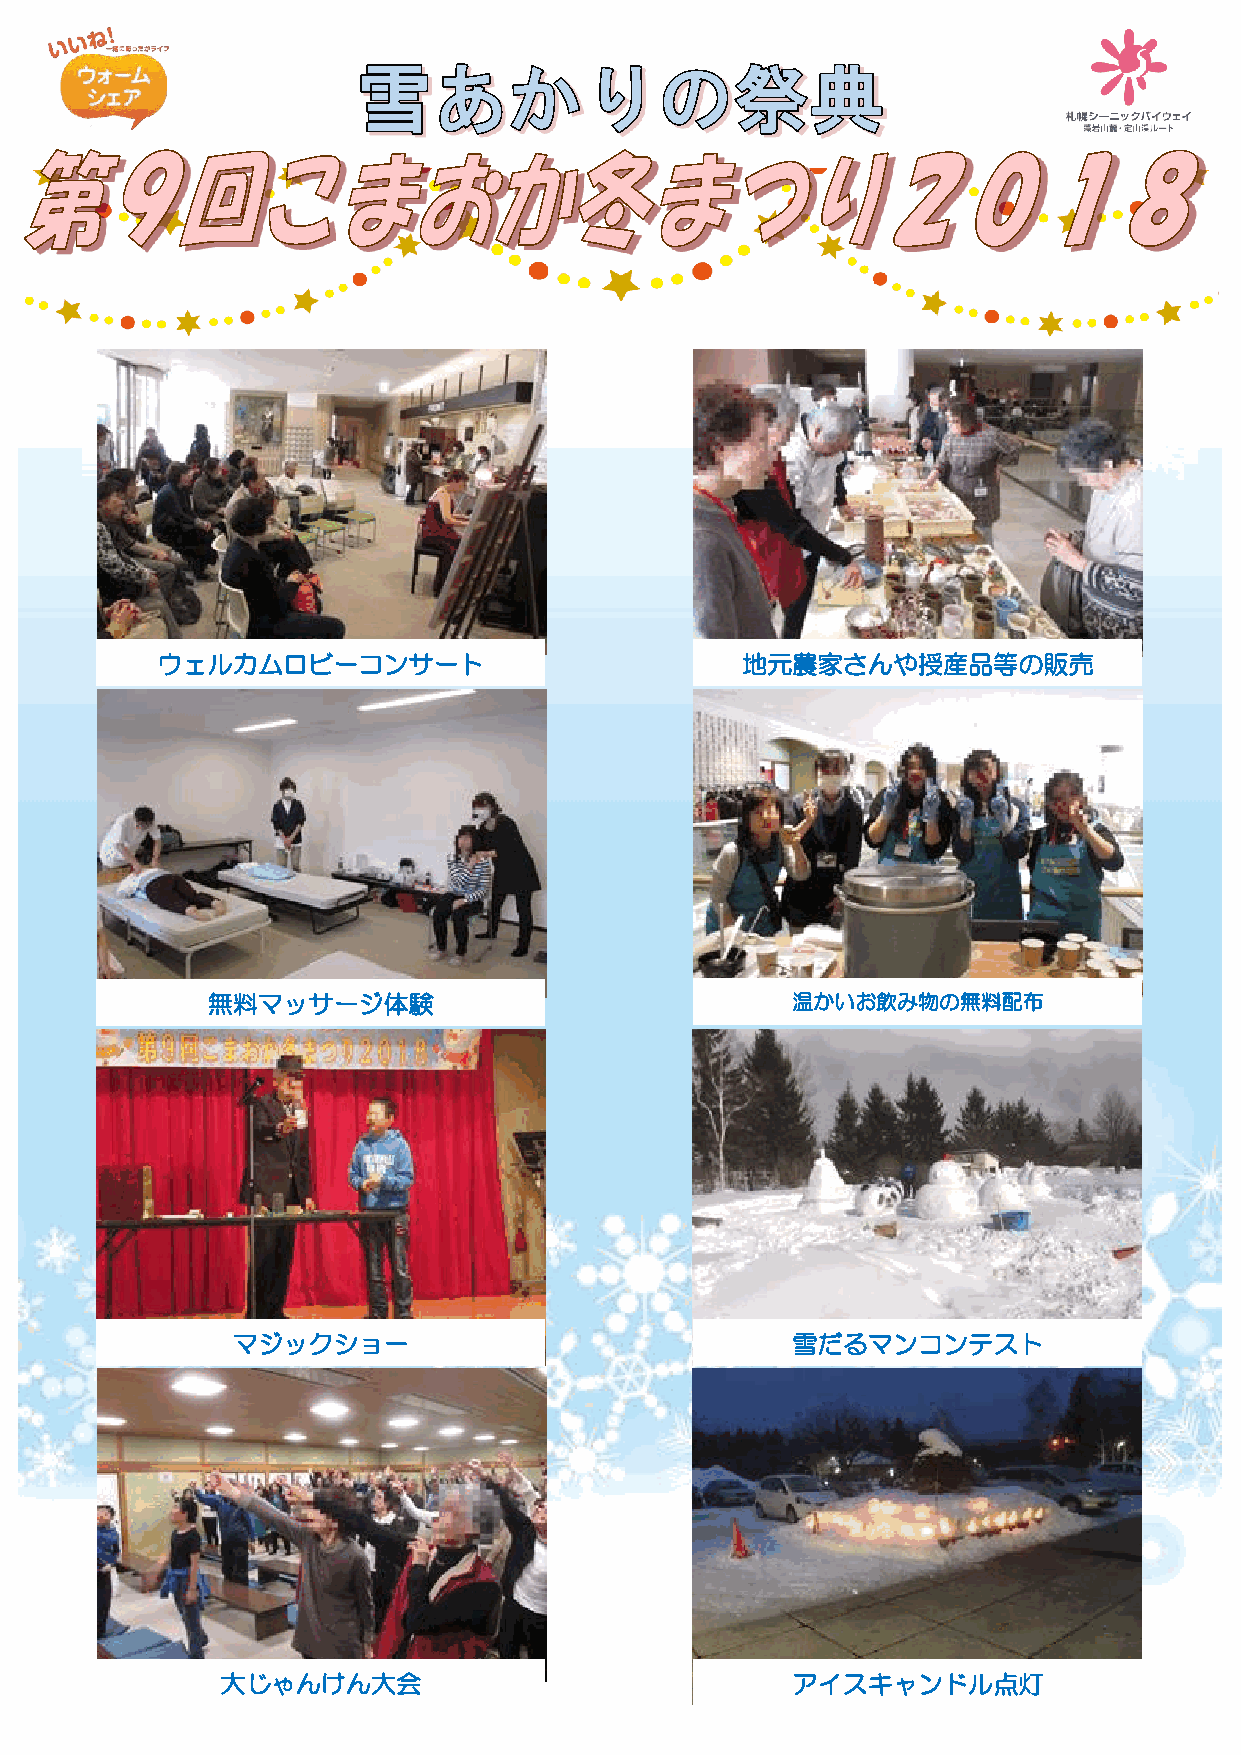
ウェルカムロビーコンサート                          地元農家さんや授産品等の販売
 無料マッサージ体験                             温かいお飲み物の無料配布
 マジックショー                              雪だるマンコンテスト
 大じゃんけん大会                             アイスキャンドル点灯